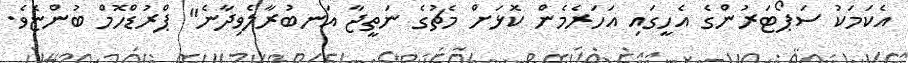
އެކަމަކު ސަޕޯޓަރުންގެ އެހީގައި އަހަރެމެން ކޮޅަށް މެޗުގެ ނަތީޖާ އަނބުރާލެވިދާނެ" ޕްރުޑްހޮމް ބުންޏެވެ.